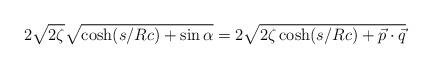
LaTeX: \begin{align*}2 \sqrt{2 \zeta} \sqrt{\cosh({s/Rc}) + \sin{\alpha}} = 2 \sqrt{2 \zeta \cosh({s/Rc}) + {\vec p} \cdot {\vec q}}\end{align*}